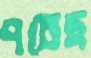
পচেছ